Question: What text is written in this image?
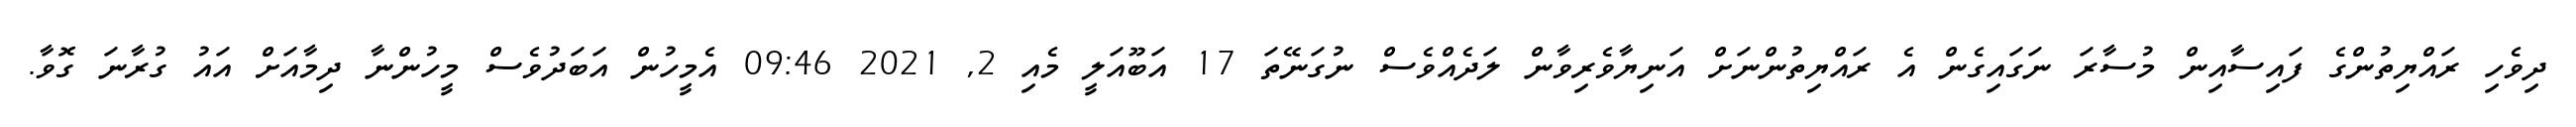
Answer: ދިވެހި ރައްޔިތުންގެ ފައިސާއިން މުސާރަ ނަގައިގެން އެ ރައްޔިތުންނަށް އަނިޔާވެރިވާން ލަދެއްވެސް ނުގަނޭތަ 17 އަބޫއަލީ މެއި 2, 2021 09:46 އެމީހުން އަބަދުވެސް މީހުންނާ ދިމާއަށް އައު ގުރާނަ ގޮވާ.